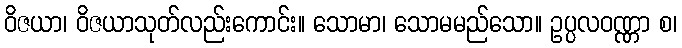
ဝိဇယာ၊ ဝိဇယာသုတ်လည်းကောင်း။ သောမာ၊ သောမမည်သော။ ဥပ္ပလဝဏ္ဏာ စ၊